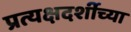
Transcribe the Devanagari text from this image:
प्रत्यक्षदर्शीच्या